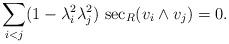
LaTeX: \begin{align*}\sum_{i<j}(1-\lambda_i^2\lambda_j^2)\,\sec_R(v_i\wedge v_j)=0.\end{align*}